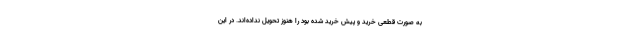
به صورت قطعی خرید و پیش خرید شده بود را هنوز تحویل نداده‌اند. در این